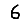
Digit: 6